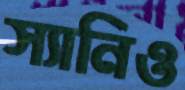
স্যানিও